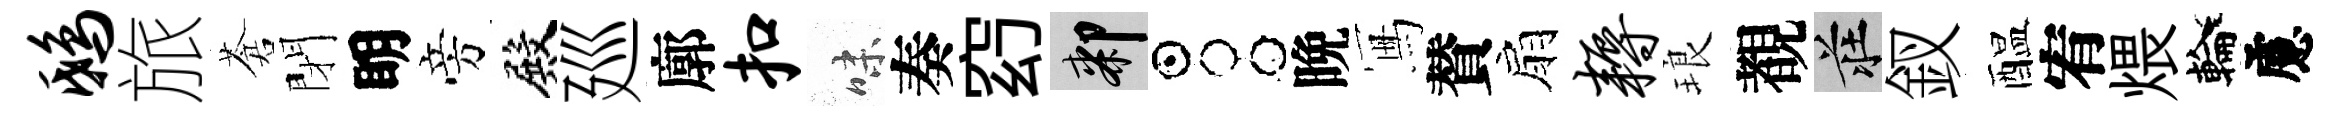
鸱旅蒼閉眀旁殿廵廓扣味奏𥥆膝占晩冩賛扇耨琅覩莊釵醖宥煨輪慮